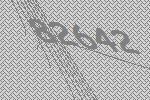
82642